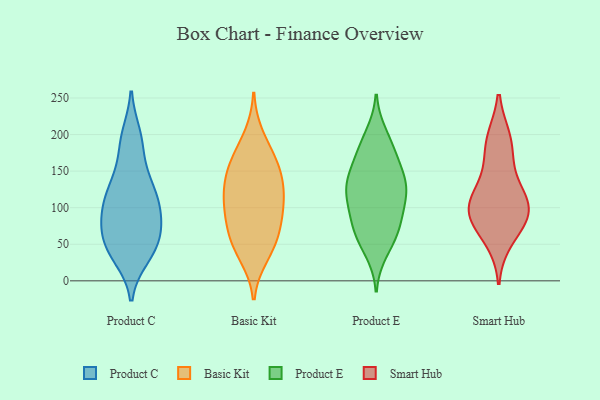
{"axis": {"x": "Customer Acquisition Cost (USD)", "y": "Value"}, "legend": ["Basic Kit", "Product C", "Product E", "Smart Hub"], "data": [{"x": "", "y": 40, "type": "Product C"}, {"x": "", "y": 91, "type": "Product C"}, {"x": "", "y": 58, "type": "Product C"}, {"x": "", "y": 84, "type": "Product C"}, {"x": "", "y": 92, "type": "Product C"}, {"x": "", "y": 182, "type": "Product C"}, {"x": "", "y": 105, "type": "Product C"}, {"x": "", "y": 34, "type": "Product C"}, {"x": "", "y": 56, "type": "Product C"}, {"x": "", "y": 124, "type": "Product C"}, {"x": "", "y": 127, "type": "Product C"}, {"x": "", "y": 193, "type": "Product C"}, {"x": "", "y": 198, "type": "Product C"}, {"x": "", "y": 46, "type": "Product C"}, {"x": "", "y": 41, "type": "Product C"}, {"x": "", "y": 139, "type": "Product C"}, {"x": "", "y": 130, "type": "Product C"}, {"x": "", "y": 70, "type": "Product C"}, {"x": "", "y": 97, "type": "Product C"}, {"x": "", "y": 85, "type": "Basic Kit"}, {"x": "", "y": 34, "type": "Basic Kit"}, {"x": "", "y": 77, "type": "Basic Kit"}, {"x": "", "y": 41, "type": "Basic Kit"}, {"x": "", "y": 148, "type": "Basic Kit"}, {"x": "", "y": 127, "type": "Basic Kit"}, {"x": "", "y": 123, "type": "Basic Kit"}, {"x": "", "y": 111, "type": "Basic Kit"}, {"x": "", "y": 198, "type": "Basic Kit"}, {"x": "", "y": 170, "type": "Basic Kit"}, {"x": "", "y": 158, "type": "Basic Kit"}, {"x": "", "y": 63, "type": "Basic Kit"}, {"x": "", "y": 57, "type": "Basic Kit"}, {"x": "", "y": 117, "type": "Basic Kit"}, {"x": "", "y": 97, "type": "Basic Kit"}, {"x": "", "y": 161, "type": "Basic Kit"}, {"x": "", "y": 166, "type": "Product E"}, {"x": "", "y": 139, "type": "Product E"}, {"x": "", "y": 70, "type": "Product E"}, {"x": "", "y": 67, "type": "Product E"}, {"x": "", "y": 187, "type": "Product E"}, {"x": "", "y": 154, "type": "Product E"}, {"x": "", "y": 53, "type": "Product E"}, {"x": "", "y": 127, "type": "Product E"}, {"x": "", "y": 75, "type": "Product E"}, {"x": "", "y": 111, "type": "Product E"}, {"x": "", "y": 140, "type": "Product E"}, {"x": "", "y": 40, "type": "Product E"}, {"x": "", "y": 98, "type": "Product E"}, {"x": "", "y": 116, "type": "Product E"}, {"x": "", "y": 181, "type": "Product E"}, {"x": "", "y": 85, "type": "Product E"}, {"x": "", "y": 132, "type": "Product E"}, {"x": "", "y": 121, "type": "Product E"}, {"x": "", "y": 200, "type": "Product E"}, {"x": "", "y": 193, "type": "Smart Hub"}, {"x": "", "y": 87, "type": "Smart Hub"}, {"x": "", "y": 103, "type": "Smart Hub"}, {"x": "", "y": 83, "type": "Smart Hub"}, {"x": "", "y": 190, "type": "Smart Hub"}, {"x": "", "y": 154, "type": "Smart Hub"}, {"x": "", "y": 57, "type": "Smart Hub"}, {"x": "", "y": 94, "type": "Smart Hub"}, {"x": "", "y": 109, "type": "Smart Hub"}, {"x": "", "y": 117, "type": "Smart Hub"}]}